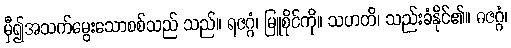
မှီ၍အသက်မွေးသောစစ်သည် သည်။ ရဇဂ္ဂံ၊ မြူစိုင်ကို။ သဟတိ၊ သည်းခံနိုင်၏။ ဓဇဂ္ဂံ၊